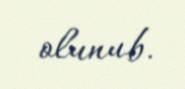
olunub.